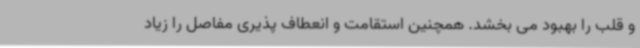
و قلب را بهبود می بخشد. همچنین استقامت و انعطاف پذیری مفاصل را زیاد